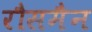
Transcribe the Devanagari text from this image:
रौसमैन